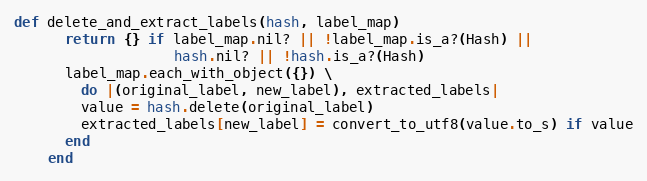
Language: Ruby
def delete_and_extract_labels(hash, label_map)
      return {} if label_map.nil? || !label_map.is_a?(Hash) ||
                   hash.nil? || !hash.is_a?(Hash)
      label_map.each_with_object({}) \
        do |(original_label, new_label), extracted_labels|
        value = hash.delete(original_label)
        extracted_labels[new_label] = convert_to_utf8(value.to_s) if value
      end
    end